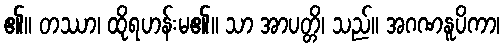
၏။ တဿာ၊ ထိုရဟန်းမ၏။ သာ အာပတ္တိ၊ သည်။ အဂဏနူပိကာ၊